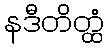
နဒီတိတ္ထံ